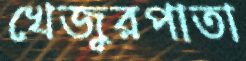
খেজুরপাতা